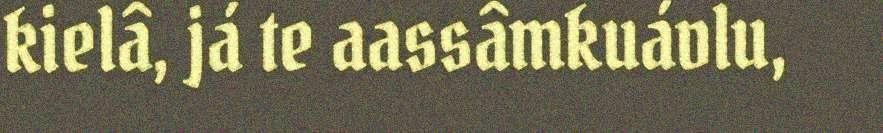
kielâ, já te aassâmkuávlu,